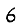
Digit: 6